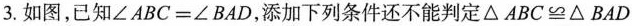
3.如图，已知$$\angle ABC=\angle BAD$$，添加下列条件还不能判定$$\triangle ABC\cong \triangle BAD$$